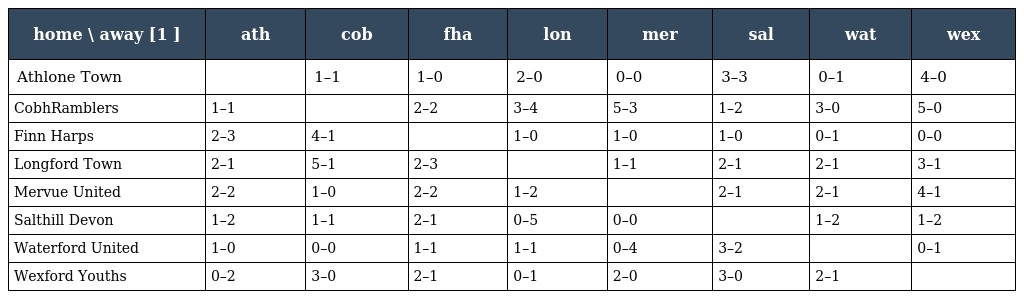
| home \ away [1 ] | ath | cob | fha | lon | mer | sal | wat | wex |
 | --- | --- | --- | --- | --- | --- | --- | --- | --- |
 | Athlone Town |  | 1–1 | 1–0 | 2–0 | 0–0 | 3–3 | 0–1 | 4–0 |
 | CobhRamblers | 1–1 |  | 2–2 | 3–4 | 5–3 | 1–2 | 3–0 | 5–0 |
 | Finn Harps | 2–3 | 4–1 |  | 1–0 | 1–0 | 1–0 | 0–1 | 0–0 |
 | Longford Town | 2–1 | 5–1 | 2–3 |  | 1–1 | 2–1 | 2–1 | 3–1 |
 | Mervue United | 2–2 | 1–0 | 2–2 | 1–2 |  | 2–1 | 2–1 | 4–1 |
 | Salthill Devon | 1–2 | 1–1 | 2–1 | 0–5 | 0–0 |  | 1–2 | 1–2 |
 | Waterford United | 1–0 | 0–0 | 1–1 | 1–1 | 0–4 | 3–2 |  | 0–1 |
 | Wexford Youths | 0–2 | 3–0 | 2–1 | 0–1 | 2–0 | 3–0 | 2–1 |  |